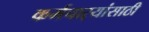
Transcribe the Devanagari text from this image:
कर्मचार्‍यांसाठी